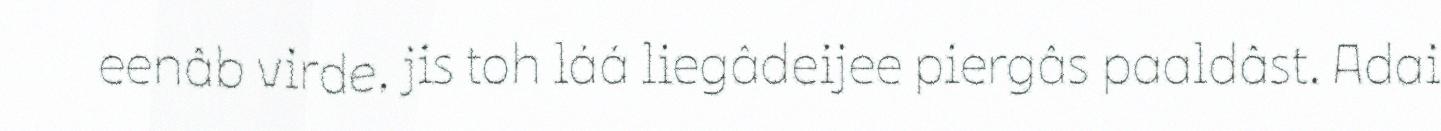
eenâb virde, jis toh láá liegâdeijee piergâs paaldâst. Adai